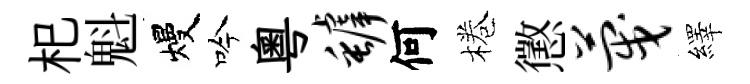
𣏌魁熳吟粤罅何棬懲蔑繹